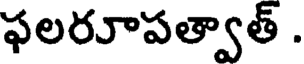
ఫలరూపత్వాత్ .